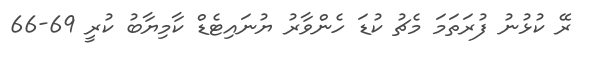
ރޭ ކުޅުނު ފުރަތަމަ މެޗު ކުޑަ ހެންވާރު ޔުނައިޓެޑް ކާމިޔާބު ކުރީ 69-66